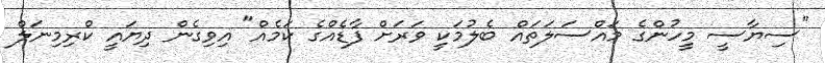
"ސިޔާސީ މީހުންގެ މައްސަލަތައް ބެލުމަކީ ވަރަށް ފާޑެއްގެ ކަމެއް" އިވިގެން ދިޔައީ ކްރިމިނަލް